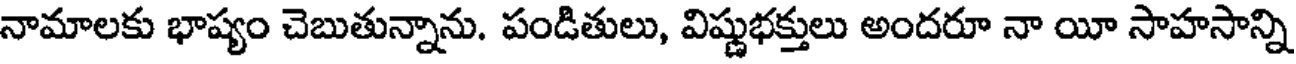
నామాలకు భాష్యం చెబుతున్నాను. పండితులు, విష్ణుభక్తులు అందరూ నా యీ సాహసాన్ని